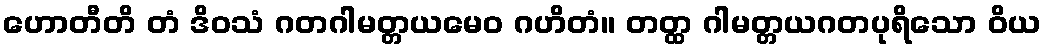
ဟောတီတိ တံ ဒိဝသံ ဂတဂါမတ္တယမေဝ ဂဟိတံ။ တတ္ထ ဂါမတ္တယဂတပုရိသော ဝိယ